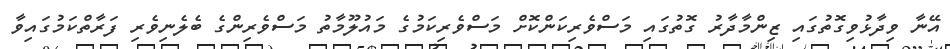
އޭނާ ވިދާޅުވިގޮތުގައި ޒިންމާދާރު ގޮތުގައި މަސްވެރިކަންކޮށް މަސްވެރިކަމުގެ މައުލޫމާތު މަސްވެރިންގެ ބެލެނިވެރި ފަރާތްކަމުގައިވާ